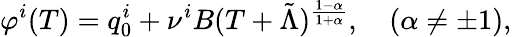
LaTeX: \varphi^{i}(T)=q_{0}^{i}+\nu^{i}B(T+\tilde{\Lambda})^{\frac{1-\alpha}{1+\alpha}},\quad(\alpha\not=\pm 1),